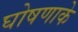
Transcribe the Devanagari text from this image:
घोषणाके